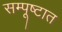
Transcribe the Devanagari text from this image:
सम्पूष्टात